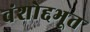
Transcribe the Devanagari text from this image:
वंशोद्दभूत